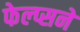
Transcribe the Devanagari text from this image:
फेल्प्सने